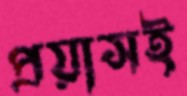
প্রয়াসই